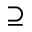
\supseteq